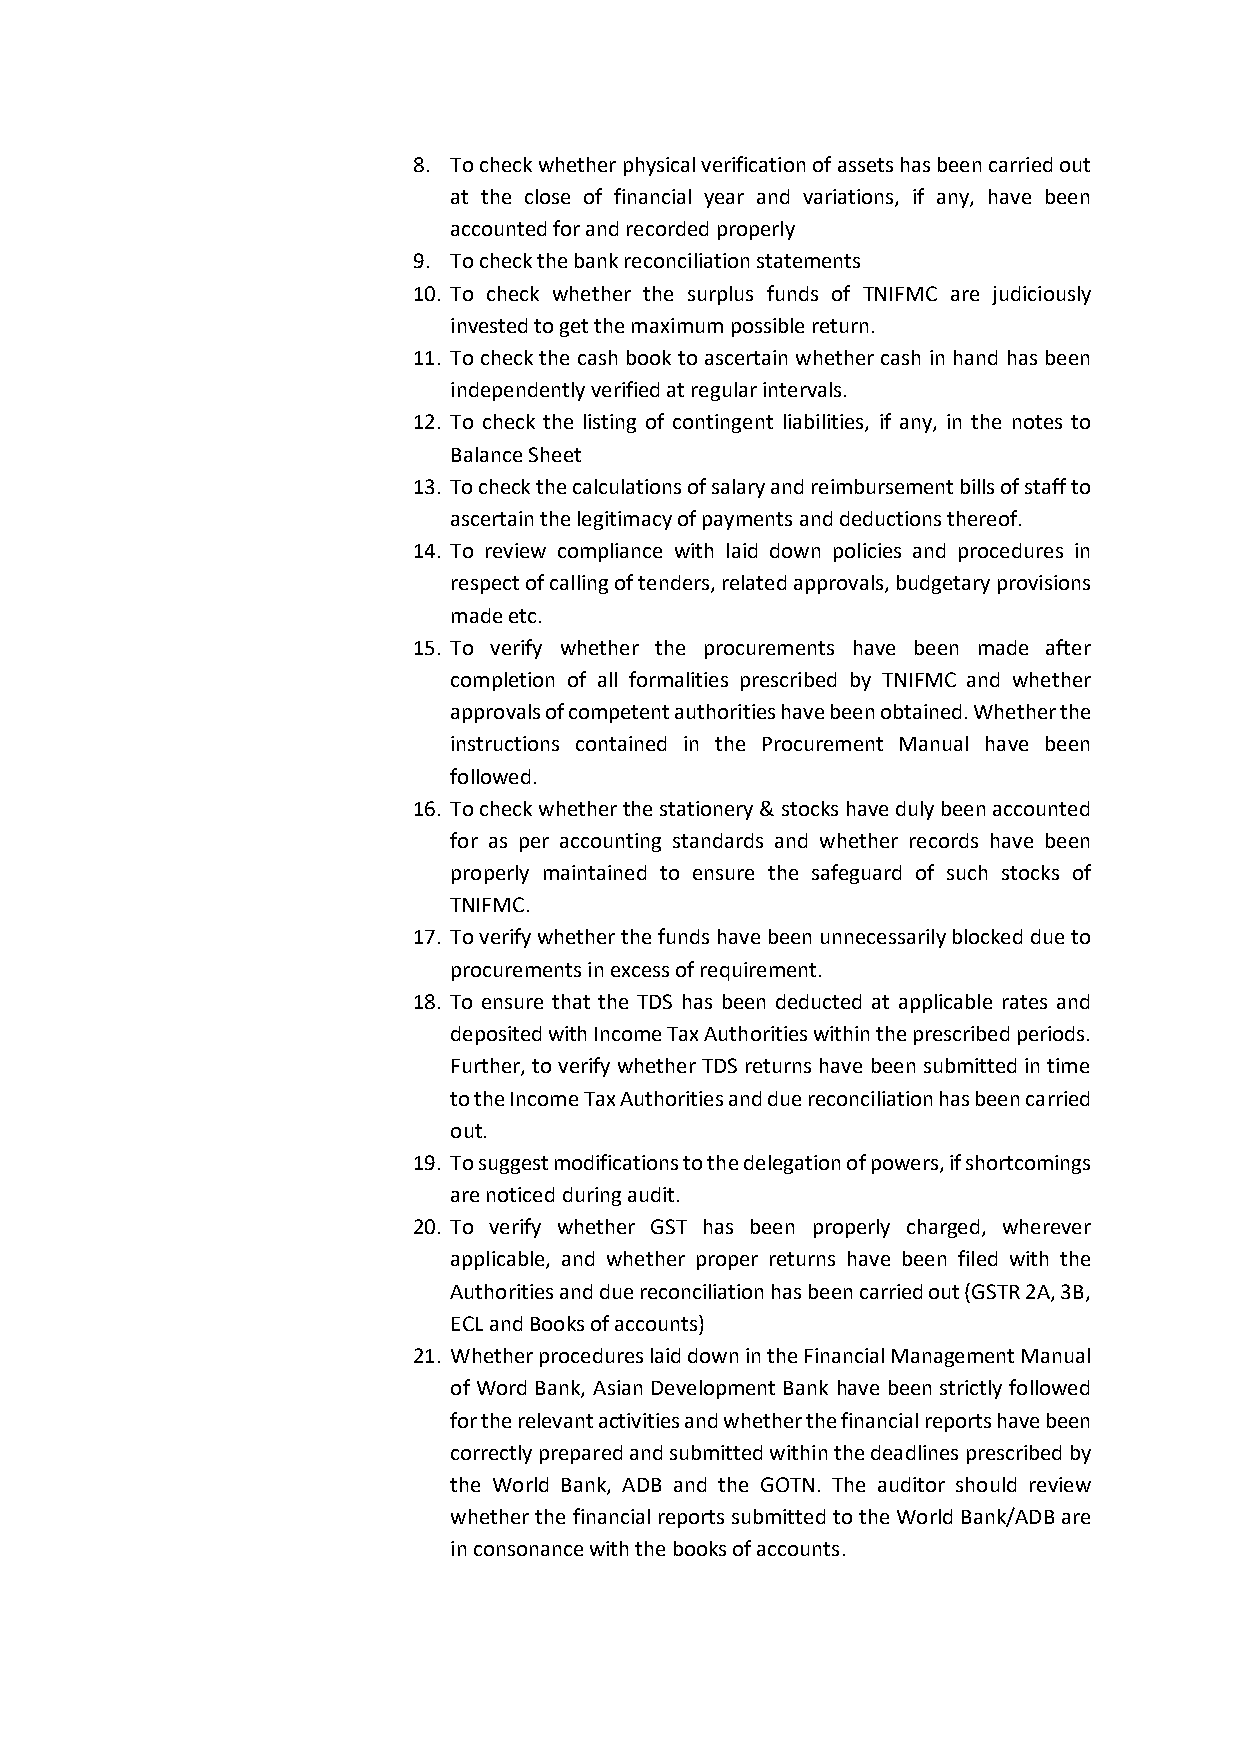
8. To check whether physical verification of assets has been carried out
 at the close of financial year and variations, if any, have been
 accounted for and recorded properly
 9. To check the bank reconciliation statements
 10. To check whether the surplus funds of TNIFMC are judiciously
 invested to get the maximum possible return.
 11. To check the cash book to ascertain whether cash in hand has been
 independently verified at regular intervals.
 12. To check the listing of contingent liabilities, if any, in the notes to
 Balance Sheet
 13. To check the calculations of salary and reimbursement bills of staff to
 ascertain the legitimacy of payments and deductions thereof.
 14. To review compliance with laid down policies and procedures in
 respect of calling of tenders, related approvals, budgetary provisions
 made etc.
 15. To verify whether the procurements have been made after
 completion of all formalities prescribed by TNIFMC and whether
 approvals of competent authorities have been obtained. Whether the
 instructions contained in the Procurement Manual have been
 followed.
 16. To check whether the stationery & stocks have duly been accounted
 for as per accounting standards and whether records have been
 properly maintained to ensure the safeguard of such stocks of
 TNIFMC.
 17. To verify whether the funds have been unnecessarily blocked due to
 procurements in excess of requirement.
 18. To ensure that the TDS has been deducted at applicable rates and
 deposited with Income Tax Authorities within the prescribed periods.
 Further, to verify whether TDS returns have been submitted in time
 to the Income Tax Authorities and due reconciliation has been carried
 out.
 19. To suggest modifications to the delegation of powers, if shortcomings
 are noticed during audit.
 20. To verify whether GST has been properly charged, wherever
 applicable, and whether proper returns have been filed with the
 Authorities and due reconciliation has been carried out (GSTR 2A, 3B,
 ECL and Books of accounts)
 21. Whether procedures laid down in the Financial Management Manual
 of Word Bank, Asian Development Bank have been strictly followed
 for the relevant activities and whether the financial reports have been
 correctly prepared and submitted within the deadlines prescribed by
 the World Bank, ADB and the GOTN. The auditor should review
 whether the financial reports submitted to the World Bank/ADB are
 in consonance with the books of accounts.